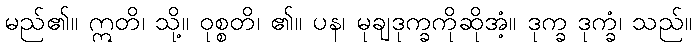
မည်၏။ ဣတိ၊ သို့။ ဝုစ္စတိ၊ ၏။ ပန၊ မုချဒုက္ခကိုဆိုအံ့။ ဒုက္ခ ဒုက္ခံ၊ သည်။